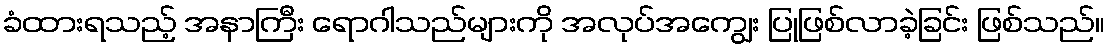
ခံထားရသည့် အနာကြီး ရောဂါသည်များကို အလုပ်အကျွေး ပြုဖြစ်လာခဲ့ခြင်း ဖြစ်သည်။